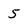
Character: 5